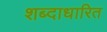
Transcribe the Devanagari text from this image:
शब्दाधारित